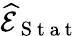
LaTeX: \widehat{\mathcal E}_{\mathrm{~S~t~a~t~}}